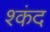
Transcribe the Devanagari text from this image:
श्कंद